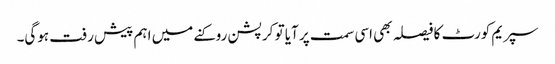
سپریم کورٹ کا فیصلہ بھی اسی سمت پر آیا تو کرپشن روکنے میں اہم پیش رفت ہوگی۔